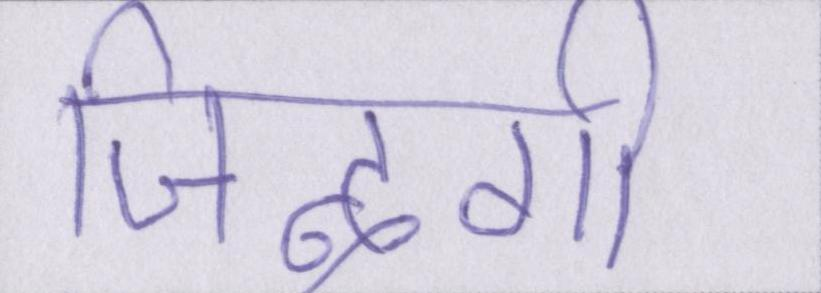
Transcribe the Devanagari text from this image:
जिन्दगी